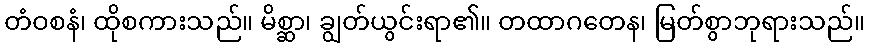
တံဝစနံ၊ ထိုစကားသည်။ မိစ္ဆာ၊ ချွတ်ယွင်းရာ၏။ တထာဂတေန၊ မြတ်စွာဘုရားသည်။